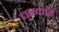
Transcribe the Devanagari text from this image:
चरकांई